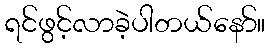
ရင်ဖွင့်လာခဲ့ပါတယ်နော်။